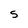
Character: S